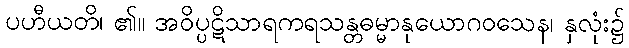
ပဟီယတိ၊ ၏။ အဝိပ္ပဋိသာရကရသန္တဓမ္မာနုယောဂဝသေန၊ နှလုံး၌